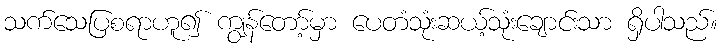
သက်သေပြစရာဟူ၍ ကျွန်တော့်မှာ ပေတံသုံးဆယ့်သုံးချောင်းသာ ရှိပါသည်။